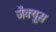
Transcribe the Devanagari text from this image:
जैक्यूस